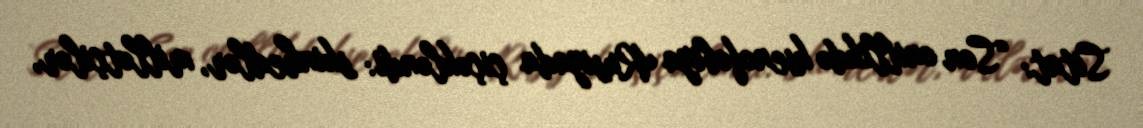
Sitat: “Son onillikdə ksenofobiya Rusiyada çiçəkləndi: skinhedlər, millətçilər,